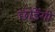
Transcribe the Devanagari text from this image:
छोड़ेंगी